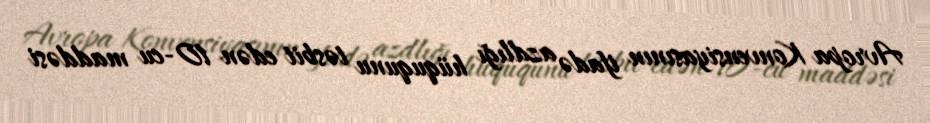
Avropa Konvensiyasının ifadə azdlığı hüququnu təsbit edən 10-cu maddəsi